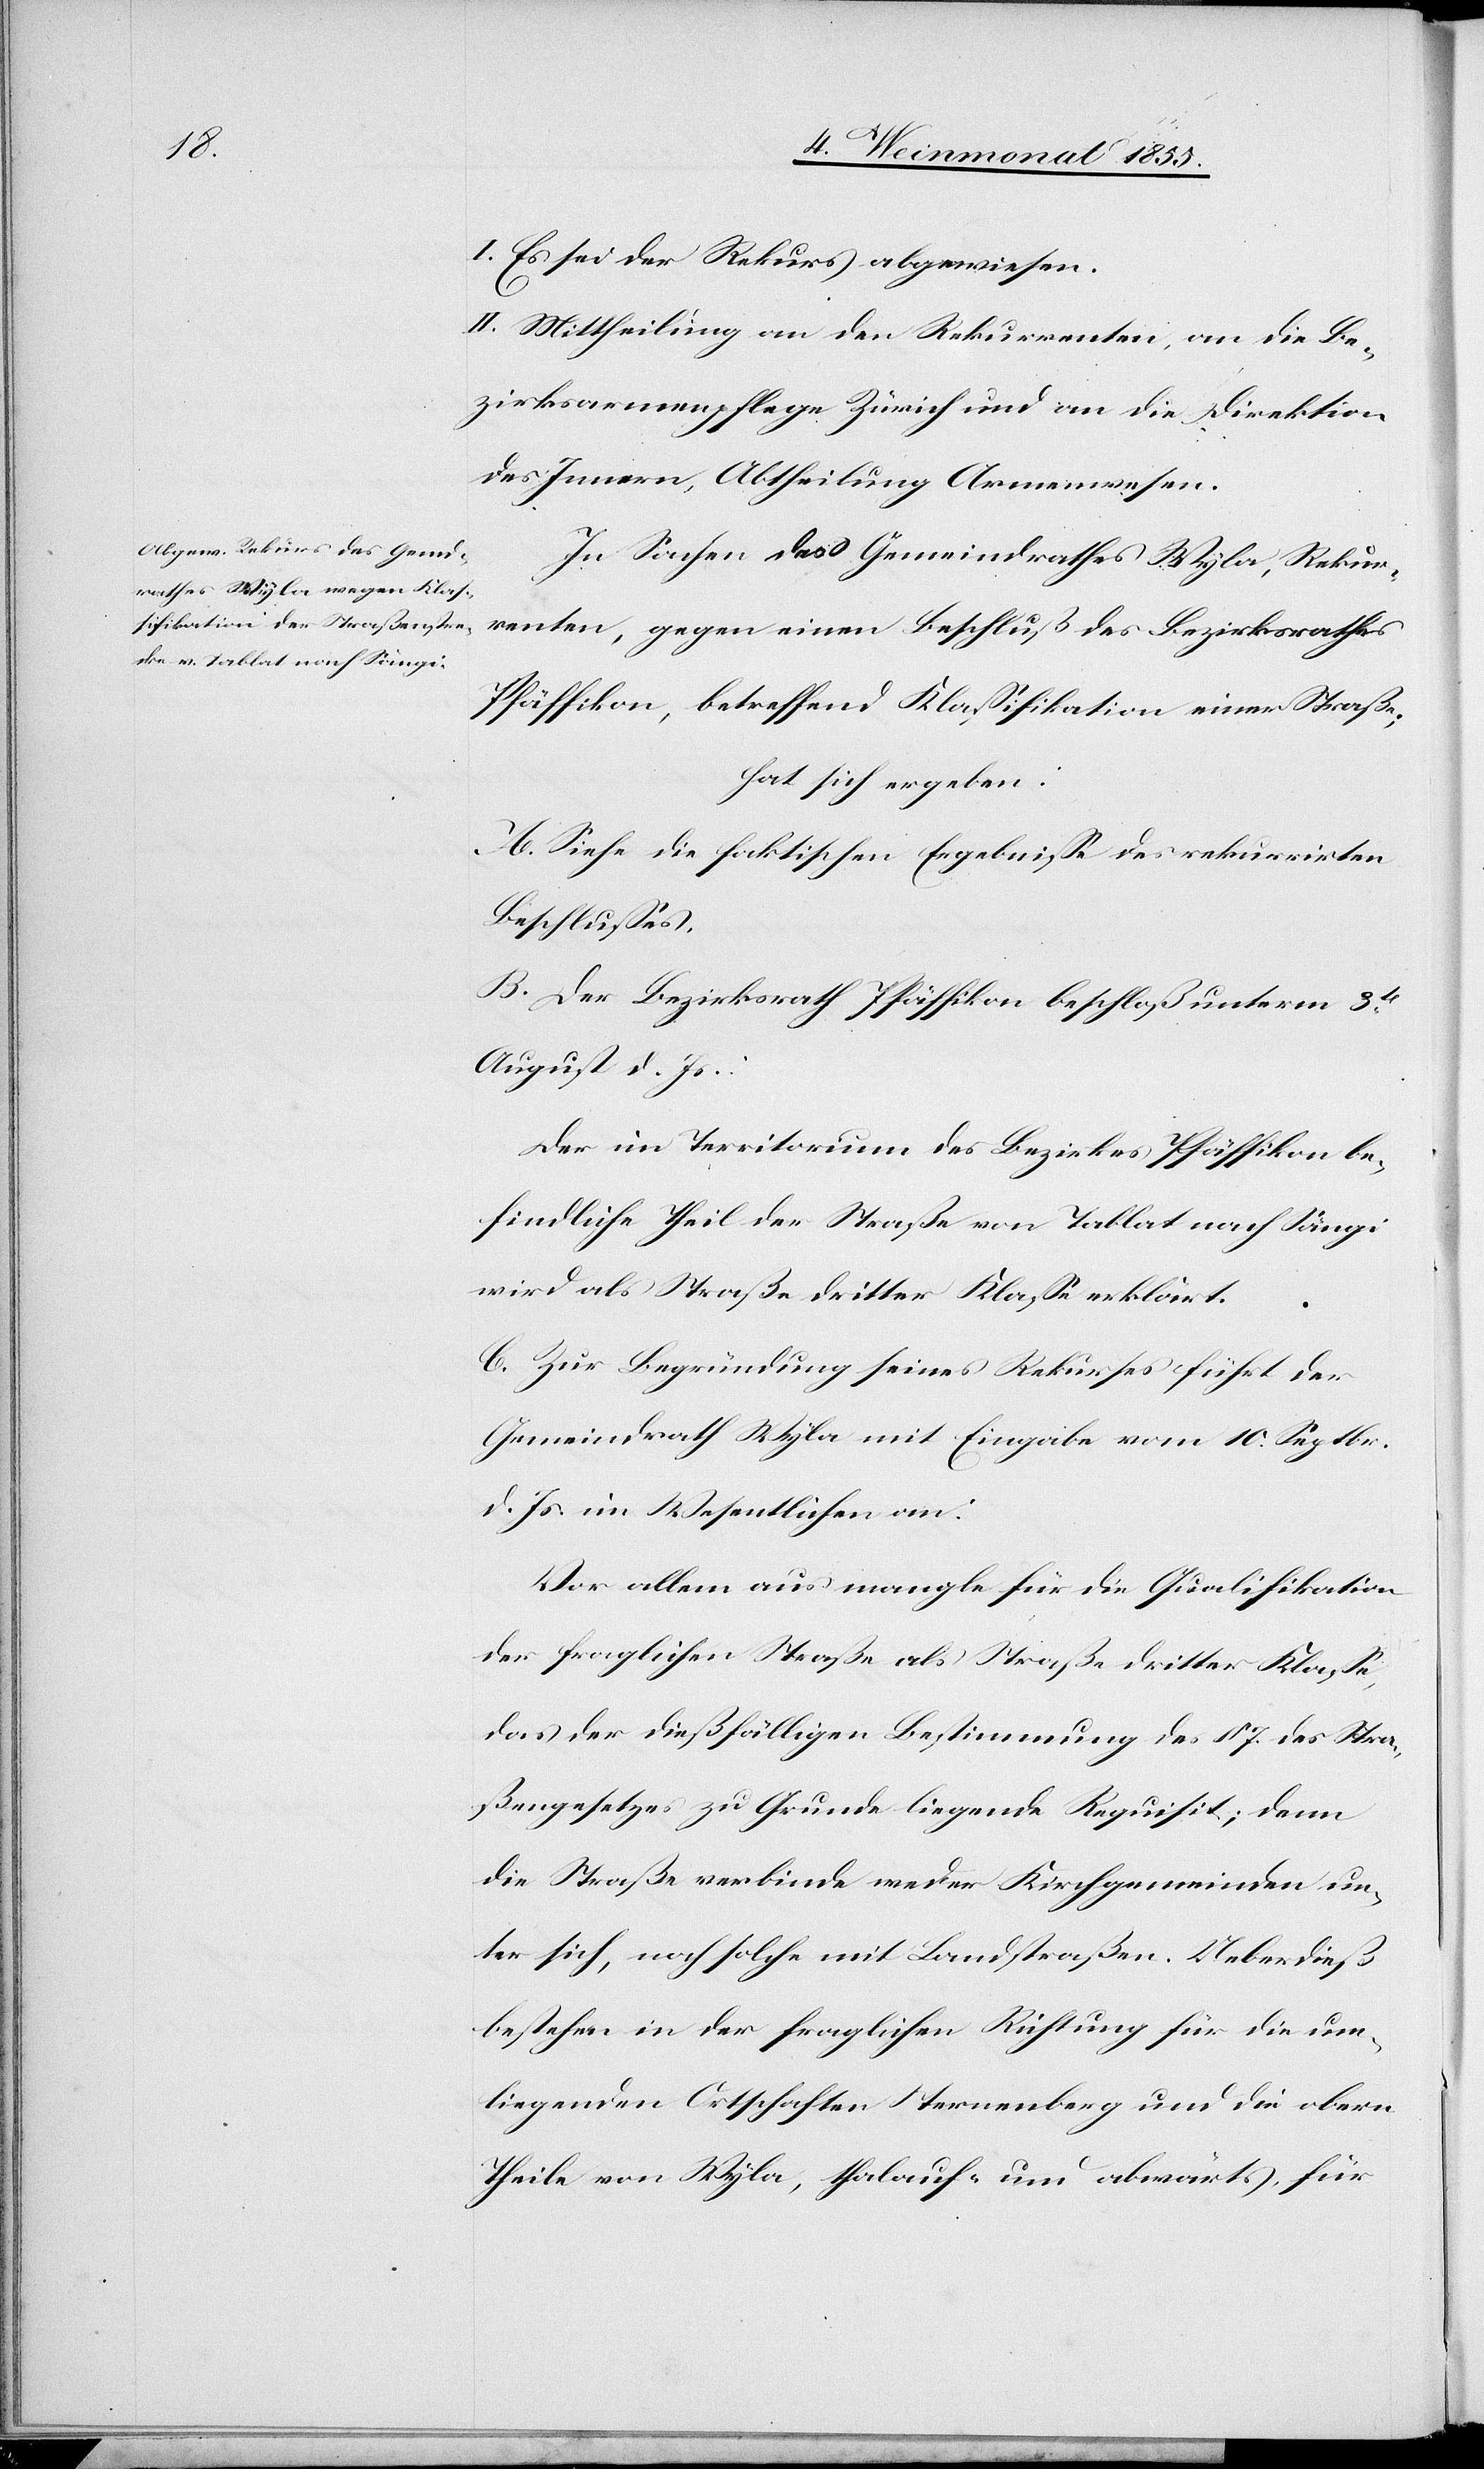
I. Es sei der Rekurs abgewiesen.
II. Mittheilung an den Rekurrenten, an die Be¬
zirksarmenpflege Zürich und an die Direktion
des Innern, Abtheilung Armenwesen.
In Sachen des Gemeindrathes Wyla, Rekur¬
renten, gegen einen Beschluß des Bezirksrathes
Pfäffikon, betreffend Klassifikation einer Straße;
hat sich ergeben:
A. Siehe die faktischen Ergebnisse des rekurrirten
Beschlusses.
B. Der Bezirksrath Pfäffikon beschloß unterm 3t
August d. Js.:
Der im Territorium des Bezirkes Pfäffikon be¬
findliche Theil der Straße von Tablat nach Sängi
wird als Straße dritter Klasse erklärt.
C. Zur Begründung seines Rekurses führt der
Gemeindrath Wyla mit Eingabe vom 10. Septbr.
d. Js. im Wesentlichen an:
Vor allem aus mangle für die Qualifikation
der fraglichen Straße als Straße dritter Klasse,
das der dießfälligen Bestimmung des § 7. des Stra¬
ßengesetzes zu Grunde liegende Requisit; denn
die Straße verbinde weder Kirchgemeinden un¬
ter sich, noch solche mit Landstraßen. Ueberdieß
bestehen in der fraglichen Richtung für die um¬
liegenden Ortschaften Sternenberg und die obern
Theile von Wyla, thalauf- und abwärts, für